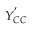
Y _ { C C } ^ { ' }